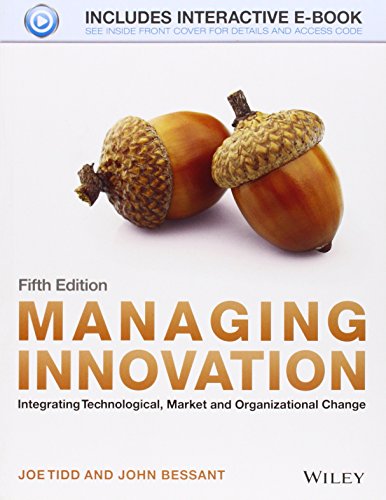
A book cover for Managing Innovation: Integrating Technological, Market and Organizational Change; Joe Tidd; Business & Money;